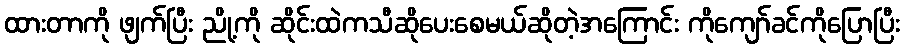
ထားတာကို ဖျက်ပြီး ညို့ကို ဆိုင်းထဲကသီဆိုပေးစေမယ်ဆိုတဲ့အကြောင်း ကိုကျော်ခင်ကိုပြောပြီး